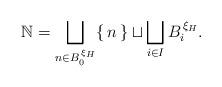
LaTeX: \begin{align*} \mathbb{N} = \bigsqcup_{n \in B^{\,\xi_{H}}_{0}}\{\,n\,\} \sqcup \bigsqcup_{i \in I} B^{\,\xi_{H}}_{i}.\end{align*}